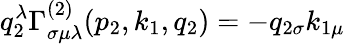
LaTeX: q_{2}^{\lambda}\Gamma_{\sigma\mu\lambda}^{(2)}(p_{2},k_{1},q_{2})=-q_{2\sigma}k_{1\mu}